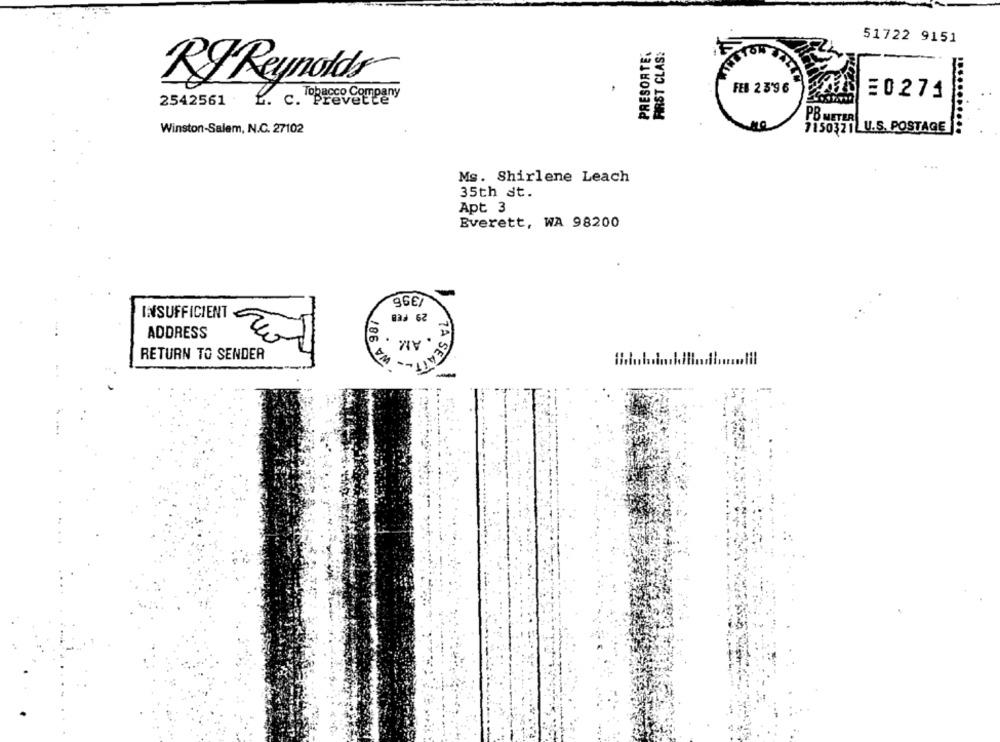
51722 9151
PRESORTER
FIRST CLAS:
RJ Reynolds
FEB 2 3'9 6
E0271
2542561
L. c. Preve
Tobacco Company
PB METER
Winston-Salem, N.C. 27102
7150321|U.S. POSTAGE
Ms. Shirlene Leach
35th st.
Apt 3
Everett, WA 98200
29 FEB
INSUFFICIENT
ADDRESS
W4
RETURN TO SENDER
SEATT
-